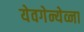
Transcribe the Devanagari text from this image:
येवगेन्येव्ना